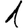
Digit: 1